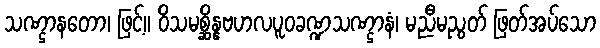
သဏ္ဌာနတော၊ ဖြင့်။ ဝိသမစ္ဆိန္နဗဟလပူဝခဏ္ဍသဏ္ဌာနံ၊ မညီမညွတ် ဖြတ်အပ်သော